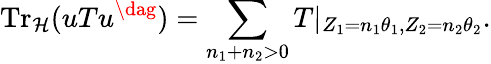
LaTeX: \mathrm{Tr}_{\cal H}(uTu^{\dag})=\sum_{n_{1}+n_{2}>0}T|_{Z_{1}=n_{1}\theta_{1},Z_{2}=n_{2}\theta_{2}}.